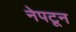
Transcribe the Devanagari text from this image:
नेपटून